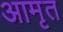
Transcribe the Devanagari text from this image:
आमृत